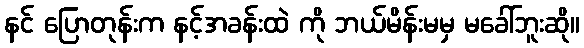
နင် ပြောတုန်းက နင့်အခန်းထဲ ကို ဘယ်မိန်းမမှ မခေါ်ဘူးဆို။